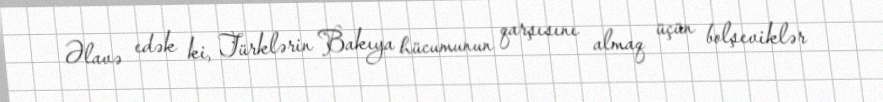
Əlavə edək ki, Türklərin Bakıya hücumunun qarşısını almaq üçün bolşeviklər